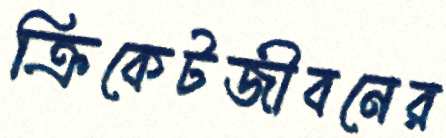
ক্রিকেটজীবনের